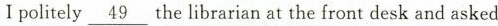
I politely\underline{49} the librarian at the front desk and asked